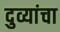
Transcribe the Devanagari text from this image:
दुव्यांचा